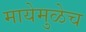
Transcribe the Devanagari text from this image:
मायेमुळेच